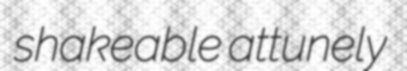
shakeable attunely